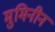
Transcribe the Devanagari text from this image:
मुमिनीन